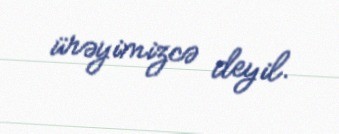
ürəyimizcə deyil.